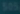
300